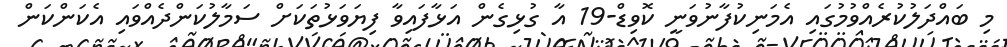
މި ބައްދަލުކުރެއްވުމުގައި އެމަނިކުފާނުވަނީ ކޮވިޑް-19 އާ ގުޅިގެން އަޅާފައިވާ ފިޔަވަޅުތަކަށް ސަމާލުކަންދެއްވައި އެކަންކަން